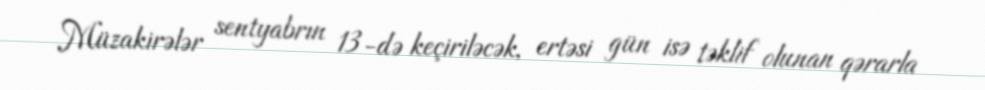
Müzakirələr sentyabrın 13-də keçiriləcək, ertəsi gün isə təklif olunan qərarla